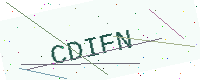
Text: CDIFN